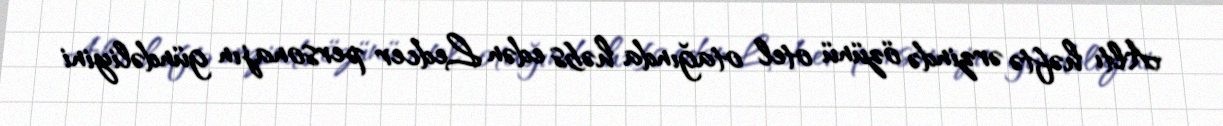
Altı həftə ərzində özünü otel otağında həbs edən Ledcer personajın gündəliyini